Scottish Leaving Certificate Examination, 1960
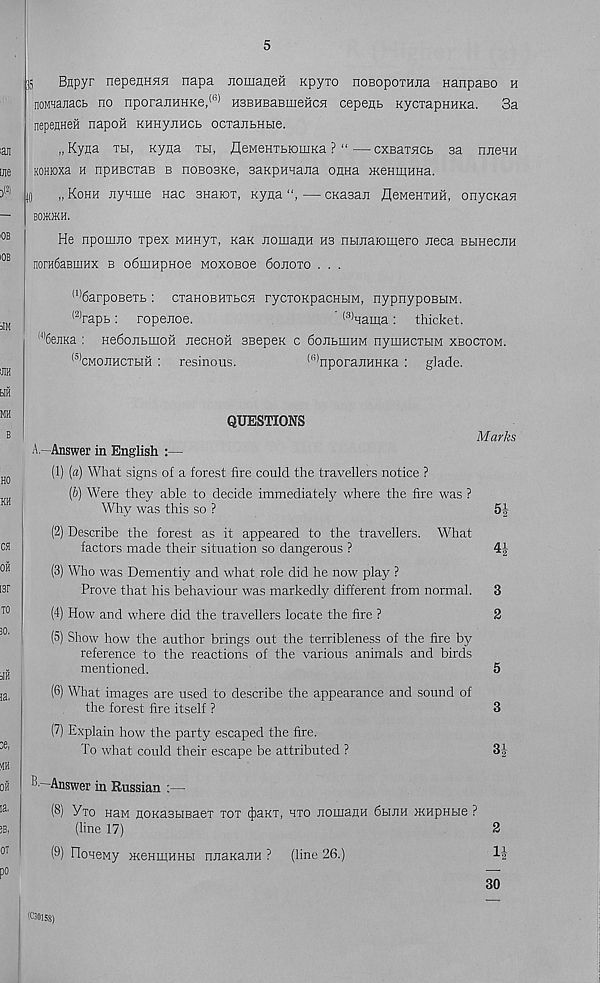
5
]5
Bnpyr nepenHHH napa jiomaneH Kpyto noBoporajia Hanpaeo h
noiwajiacb no nporanHHKe, <(l) HSBHBaBineHcn cepenb KycxapHHKa.
3a
nepeflHeH napon KHHyjiHCL ocrajibHBie.
„Kyaa Tbi, Kyna th, fleMeHTbiomKa ? “—cxBaxsiCb sa nnenn
KOHioxa h npHEcxaB b noBosKe, saKpunajia onna >KeHinnHa.
ID
„ Kohh xtynme nac snaioT, Kyna — CKasan fleMeHTHH, onycKan
BOOTH.
He npomno rpex MHHyx, Kax nomanH hs nbinaiomero neca BbinecJiH
noraSaBmHX b o6mHpHoe MoxoBoe 6oj:oto . . .
(1)
6arpoBeTb : cxaHOBHTbcn rycxoKpacHbiM, nypnypoB
(2)
rapb: ropenoe.
' (3) nama: thic
in 6ejiKa : He6ojibmoH necHofi SBepex c 6oJibmHM nymncxbiM xbocxom.
(5) cmojihcxhh : resinous.
<s) nporajiHHKa : glade.
QUESTIONS
A —Answer in English :—
(1) (a) What signs of a forest fire could the travellers notice ?
(b) Were they able to decide immediately where the fire was ?
Why was this so ?
(2) Describe the forest as it appeared to the travellers. What
factors made their situation so dangerous ?
(3) Who was Dementiy and what role did he now play ?
Prove that his behaviour was markedly different from normal.
(4) How and where did the travellers locate the fire ?
(5) Show how the author brings out the terribleness of the fire by
reference to the reactions of the various animals and birds
mentioned.
(6) What images are used to describe the appearance and sound of
the forest fire itself ?
(7) Explain how the party escaped the fire.
To what could their escape be attributed ?
B —Answer in Russian :—
(8) Yxo hum noKasbiBaex xox (fjaxx, hxo nomanH 6hum HCHpHbie ?
(line 17)
(9) FIoaeMy jKemnHHbi nnaKajiH ? (line 26.)
Marks
4 1 -
■ ‘2
3J
1*
30
(00158)